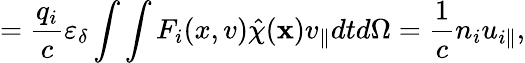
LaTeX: =\frac{q_{i}}{c}\varepsilon_{\delta}\int\int F_{i}(x,v)\hat{\chi}(\textbf{x})v_{\parallel}dtd\Omega=\frac{1}{c}n_{i}u_{i\parallel},